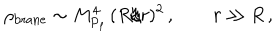
\rho _ { \mathrm { b r a n e } } \sim M _ { \mathrm { P } _ { \mathrm { f } } } ^ { 4 } \, ( R / r ) ^ { 2 } \, , \qquad r \gg R \, ,